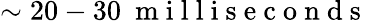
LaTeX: \sim 20-30\ \mathrm{~m~i~l~l~i~s~e~c~o~n~d~s~}